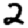
Digit: 2